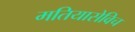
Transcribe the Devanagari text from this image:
मतियासेविच